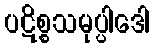
ပဋိစ္စသမုပ္ပါဒေါ